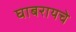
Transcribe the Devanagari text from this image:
घाबरायचे